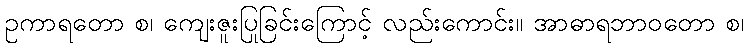
ဥကာရတော စ၊ ကျေးဇူးပြုခြင်းကြောင့် လည်းကောင်း။ အာဓာရဘာဝတော စ၊